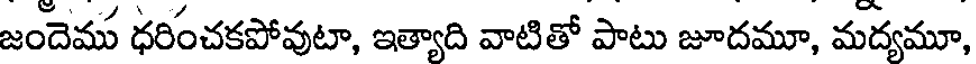
జందెము ధరించకపోవుటా, ఇత్యాది వాటితో పాటు జూదమూ, మద్యమూ,